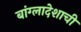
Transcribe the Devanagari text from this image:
बांग्लादेशाची